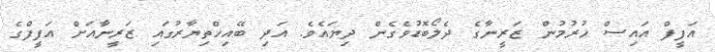
އަފީފް އައިސް ހުރުމުން ޒަރީނާގެ ދެލޯބޮޑުވެގެން ދިޔައެވެ. އަދި ބޭއިހްތިޔާރުގައި ޒަރީނާއަށް އަފީފްގެ